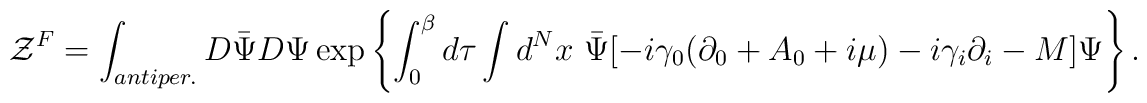
{\cal Z}^F=\int_{antiper.} D\bar\Psi D\Psi\exp\left\{\int_0^\beta d\tau \int d^Nx\  \bar\Psi [-i\gamma_0(\partial_0 +A_0 +i\mu) -i\gamma_i\partial_i - M] \Psi\right\}.